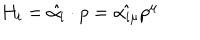
LaTeX: H _ { i } = \hat { \alpha _ { i } } \cdot p = \hat { \alpha _ { i \mu } } p ^ { \mu }